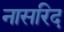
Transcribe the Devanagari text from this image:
नासरिद